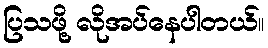
ပြသဖို့ လိုအပ်နေပါတယ်။